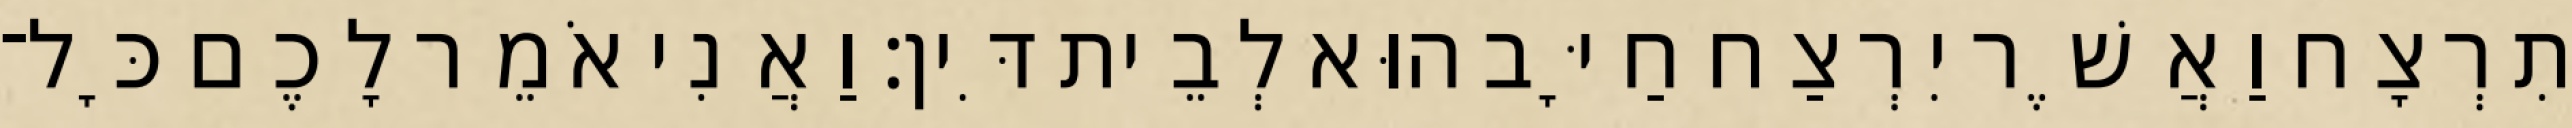
תִרְצָח וַאֲשֶׁר יִרְצַח חַיָּב הוּא לְבֵית דִּין׃ וַאֲנִי אֹמֵר לָכֶם כָּל־